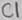
Text: C1